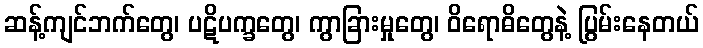
ဆန့်ကျင်ဘက်တွေ၊ ပဋိပက္ခတွေ၊ ကွာခြားမှုတွေ၊ ဝိရောဓိတွေနဲ့ ပြွမ်းနေတယ်